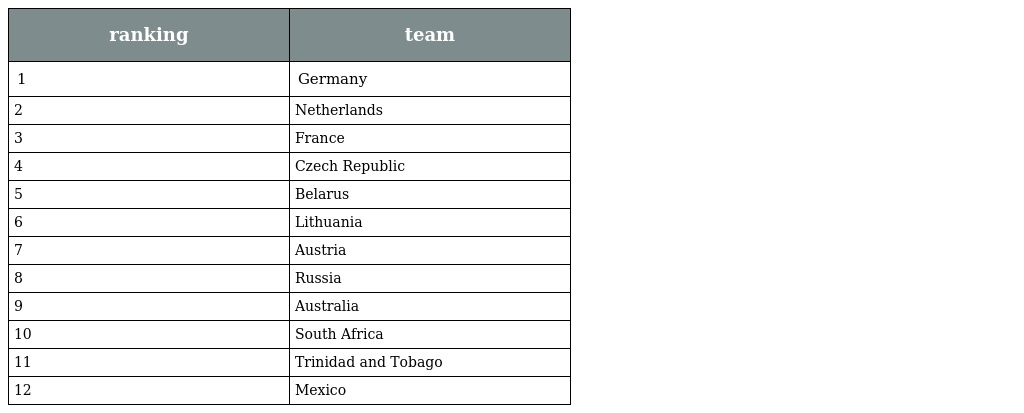
| ranking | team |
 | --- | --- |
 | 1 | Germany |
 | 2 | Netherlands |
 | 3 | France |
 | 4 | Czech Republic |
 | 5 | Belarus |
 | 6 | Lithuania |
 | 7 | Austria |
 | 8 | Russia |
 | 9 | Australia |
 | 10 | South Africa |
 | 11 | Trinidad and Tobago |
 | 12 | Mexico |